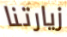
زيارتنا